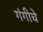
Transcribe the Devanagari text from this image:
गंगीचे